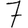
Digit: 7